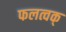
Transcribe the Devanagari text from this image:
फलत्वक्‌